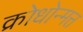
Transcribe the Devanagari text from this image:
क्रोधोन्मत्त